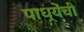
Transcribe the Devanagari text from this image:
पाध्येंची